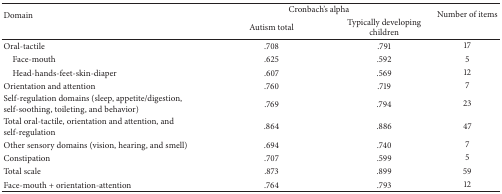
<table><thead><tr><td rowspan="2"><b>Domain</b></td><td colspan="2"><b>Cronbach&#x27;s alpha</b></td><td rowspan="2"><b>Number of items</b></td></tr><tr><td><b>Autism total</b></td><td><b>Typically developing children</b></td></tr></thead><tbody><tr><td>Oral-tactile</td><td>.708</td><td>.791</td><td>17</td></tr><tr><td> Face-mouth</td><td>.625</td><td>.592</td><td>5</td></tr><tr><td> Head-hands-feet-skin-diaper</td><td>.607</td><td>.569</td><td>12</td></tr><tr><td>Orientation and attention</td><td>.760</td><td>.719</td><td>7</td></tr><tr><td>Self-regulation domains (sleep, appetite/digestion, self-soothing, toileting, and behavior)</td><td>.769</td><td>.794</td><td>23</td></tr><tr><td>Total oral-tactile, orientation and attention, and self-regulation</td><td>.864</td><td>.886</td><td>47</td></tr><tr><td>Other sensory domains (vision, hearing, and smell)</td><td>.694</td><td>.740</td><td>7</td></tr><tr><td>Constipation</td><td>.707</td><td>.599</td><td>5</td></tr><tr><td>Total scale</td><td>.873</td><td>.899</td><td>59</td></tr><tr><td>Face-mouth + orientation-attention</td><td>.764</td><td>.793</td><td>12</td></tr></tbody></table>